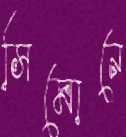
সিমোনে